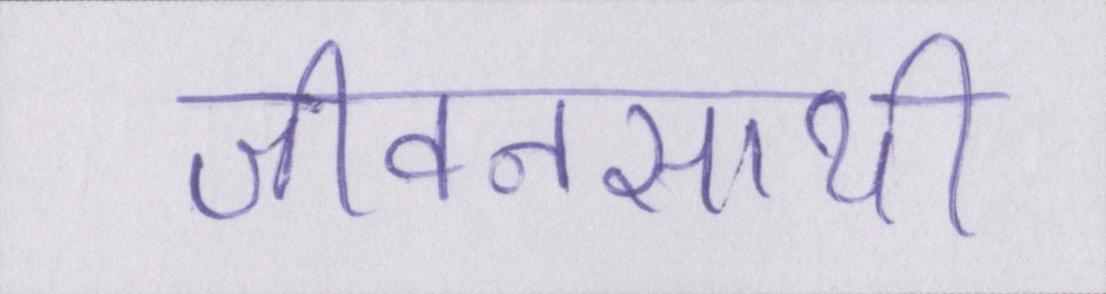
जीवनसाथी